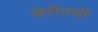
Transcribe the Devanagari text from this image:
चेरॉनची